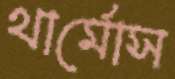
থার্মোস